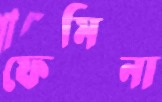
ফেমিনা